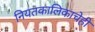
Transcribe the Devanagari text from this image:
नियतकालिकाचेही